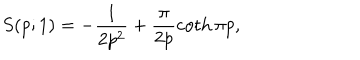
S ( p ; 1 ) = - \frac { 1 } { 2 p ^ { 2 } } + \frac { \pi } { 2 p } \coth \pi p ,